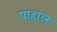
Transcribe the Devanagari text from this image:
पाहाल